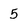
Character: 5